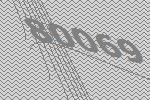
80069